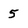
Character: 5